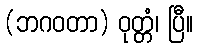
(ဘဂဝတာ) ဝုတ္တံ၊ ပြီ။